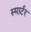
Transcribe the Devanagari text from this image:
स्मार्टर